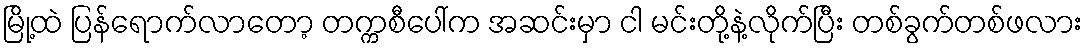
မြို့ထဲ ပြန်ရောက်လာတော့ တက္ကစီပေါ်က အဆင်းမှာ ငါ မင်းတို့နဲ့လိုက်ပြီး တစ်ခွက်တစ်ဖလား